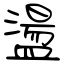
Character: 盪